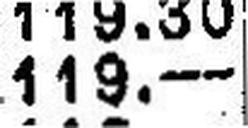
119.—